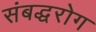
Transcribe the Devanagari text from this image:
संबद्धरोग